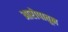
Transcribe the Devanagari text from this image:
आरोपातून